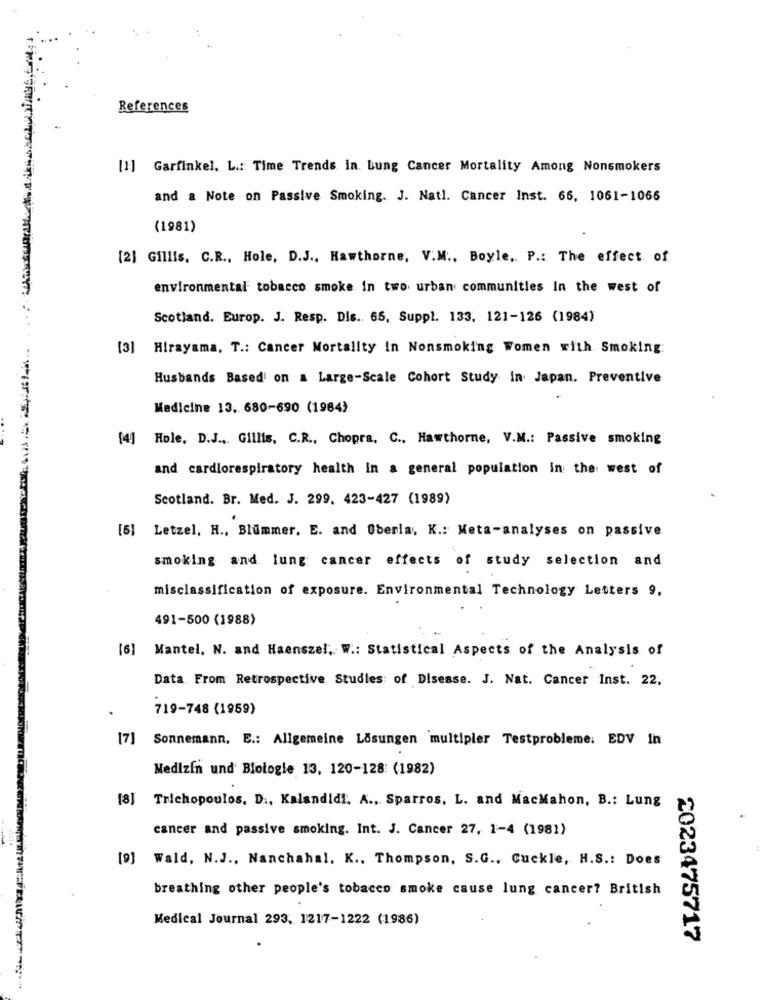
References
[1] Garfinkel. L .: Time Trends in. Lung Cancer Mortality Among Nonsmokers
and a Note on Passive Smoking. J. Natl. Cancer Inst. 66, 1061-1066
(1981)
[2] Gillis. C.R ., Hole, D.J ., Hawthorne, V.M ., Boyle. P .: The effect of
environmental tobacco smoke in two urban communities In the west of
Scotland. Europ. J. Resp. Dis .. 65, Suppl. 133. 121-126 (1984)
[3] Hirayama, T .: Cancer Mortality in Nonsmoking Women with Smoking:
Husbands Based on a Large-Scale Cohort Study In Japan. Preventive
Medicine 13, 680-690 (1964)
[4] Hole, D.J .,. Gillis. C.R ., Chopra. C ., Hawthorne, V.M .: Passive smoking
and cardlorespiratory health in a general population in the west of
Scotland. Br. Med. J. 299. 423-427 (1989)
[5] Letzel, H ., Blummer. E. and Überla, K .: Meta-analyses on passive
smoking and lung cancer effects of study selection and
misclassification of exposure. Environmental Technology Letters 9,
491-500 (1988)
[6] Mantel. N. and Haenszel, W .: Statistical Aspects of the Analysis of
Data. From Retrospective Studies of Disease. J. Nat. Cancer Inst. 22.
719-748 (1959)
[7]
Sonnemann, E .: Allgemeine Lösungen multipler Testprobleme. EDV In
Medizin und Biologie 13, 120-128: (1982)
Trichopoulos. D ., Kalandidi. A ., Sparros, L. and MacMahon, B .: Lung
cancer and passive smoking. Int. J. Cancer 27, 1-4 (1981)
[9] Wald, N.J ., Nanchahal. K ., Thompson, S.G ., Cuckle, H.S .: Does
breathing other people's tobacco smoke cause lung cancer? British
Medical Journal 293, 1217-1222 (1986)
2023475717